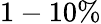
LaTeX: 1-10\%